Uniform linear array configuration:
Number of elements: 16
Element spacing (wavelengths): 1
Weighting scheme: kaiser
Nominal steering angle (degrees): -15
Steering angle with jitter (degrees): -13.366
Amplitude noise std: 0.05
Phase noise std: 0.05

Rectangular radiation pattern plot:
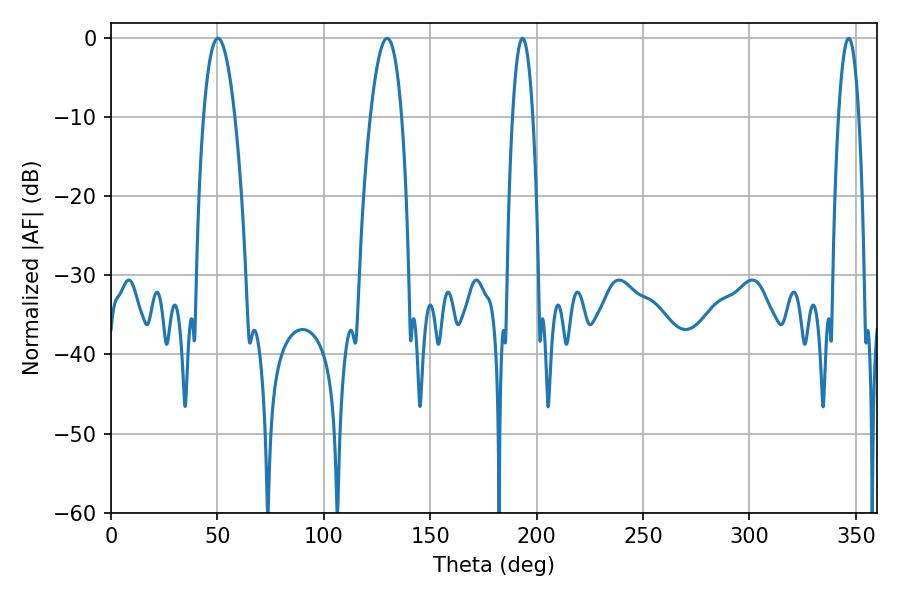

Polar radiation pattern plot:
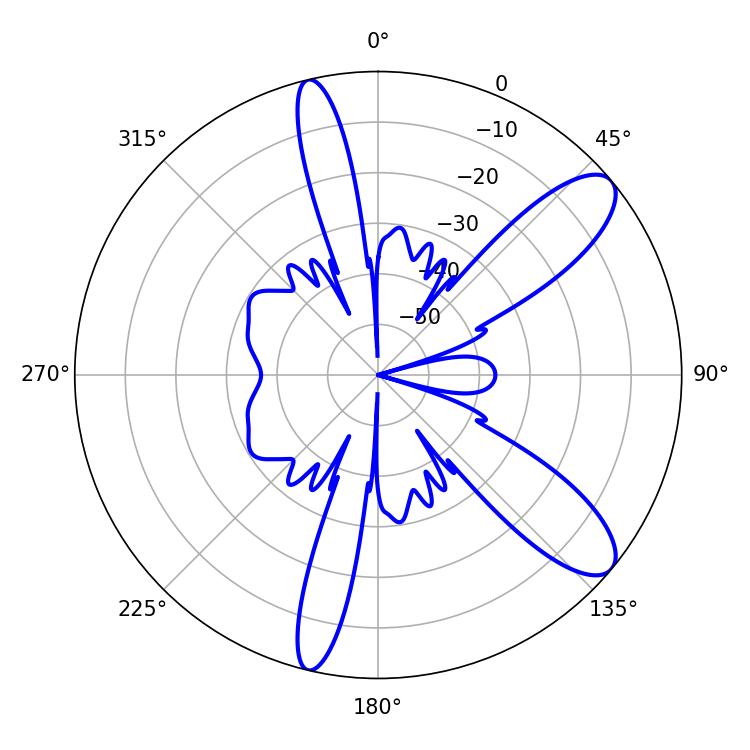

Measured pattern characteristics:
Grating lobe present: TRUE
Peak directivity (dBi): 10.256
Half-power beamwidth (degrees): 8.1
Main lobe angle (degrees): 50.22